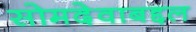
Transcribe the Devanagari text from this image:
सोमदेवाबद्दल